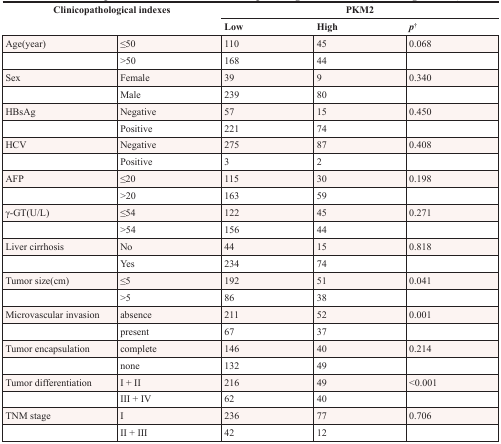
<table><thead><tr><td rowspan="2" colspan="2"><b>Clinicopathological indexes</b></td><td colspan="3"><b>PKM2</b></td></tr><tr><td><b>Low</b></td><td><b>High</b></td><td><b>p<sup>†</sup></b></td></tr></thead><tbody><tr><td>Age(year)</td><td>≤50</td><td>110</td><td>45</td><td>0.068</td></tr><tr><td></td><td>&gt;50</td><td>168</td><td>44</td><td></td></tr><tr><td>Sex</td><td>Female</td><td>39</td><td>9</td><td>0.340</td></tr><tr><td></td><td>Male</td><td>239</td><td>80</td><td></td></tr><tr><td>HBsAg</td><td>Negative</td><td>57</td><td>15</td><td>0.450</td></tr><tr><td></td><td>Positive</td><td>221</td><td>74</td><td></td></tr><tr><td>HCV</td><td>Negative</td><td>275</td><td>87</td><td>0.408</td></tr><tr><td></td><td>Positive</td><td>3</td><td>2</td><td></td></tr><tr><td>AFP</td><td>≤20</td><td>115</td><td>30</td><td>0.198</td></tr><tr><td></td><td>&gt;20</td><td>163</td><td>59</td><td></td></tr><tr><td>γ-GT(U/L)</td><td>≤54</td><td>122</td><td>45</td><td>0.271</td></tr><tr><td></td><td>&gt;54</td><td>156</td><td>44</td><td></td></tr><tr><td>Liver cirrhosis</td><td>No</td><td>44</td><td>15</td><td>0.818</td></tr><tr><td></td><td>Yes</td><td>234</td><td>74</td><td></td></tr><tr><td>Tumor size(cm)</td><td>≤5</td><td>192</td><td>51</td><td>0.041</td></tr><tr><td></td><td>&gt;5</td><td>86</td><td>38</td><td></td></tr><tr><td>Microvascular invasion</td><td>absence</td><td>211</td><td>52</td><td>0.001</td></tr><tr><td></td><td>present</td><td>67</td><td>37</td><td></td></tr><tr><td>Tumor encapsulation</td><td>complete</td><td>146</td><td>40</td><td>0.214</td></tr><tr><td></td><td>none</td><td>132</td><td>49</td><td></td></tr><tr><td>Tumor differentiation</td><td>I + II</td><td>216</td><td>49</td><td>&lt;0.001</td></tr><tr><td></td><td>III + IV</td><td>62</td><td>40</td><td></td></tr><tr><td>TNM stage</td><td>I</td><td>236</td><td>77</td><td>0.706</td></tr><tr><td></td><td>II + III</td><td>42</td><td>12</td><td></td></tr></tbody></table>